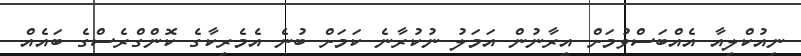
ނިއުކްލިއާ އެއްބަސްވުމަށް އީރާނުން އަމަލު ނުކުރާނެ ކަމަށް ބުނެ އެމެރިކާގެ ކޮންގްރެސްގެ ބައެއް